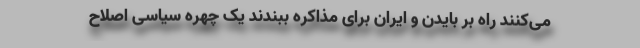
می‌کنند راه بر بایدن و ایران برای مذاکره ببندند یک چهره سیاسی اصلاح